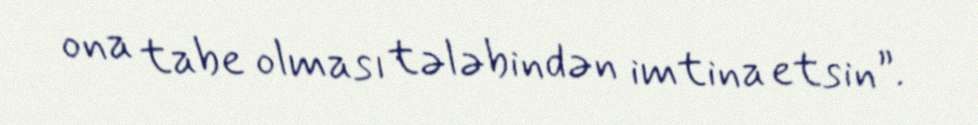
ona tabe olması tələbindən imtina etsin”.